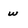
Character: w